Document type: Fief grant
Year: 1411
Scribe: Arnau de Lledó
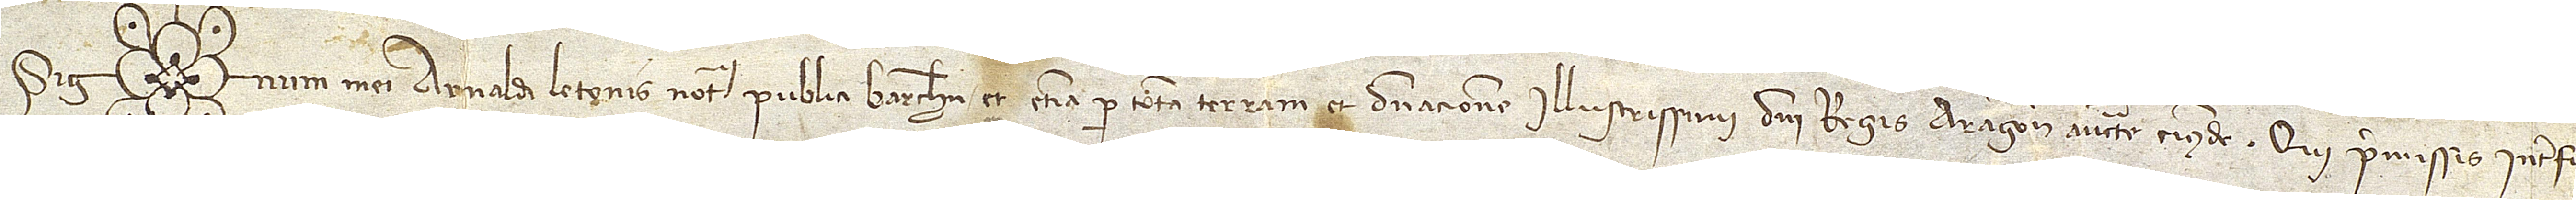
Sig num mei Arnaldi Letonis, notarii publici Barchinone, et etiam per totam terram et dominacionem illustrissimi domini regis Aragonum auctoritate eiusdem, qui premissis interfui